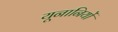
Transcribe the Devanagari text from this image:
यूनानियों